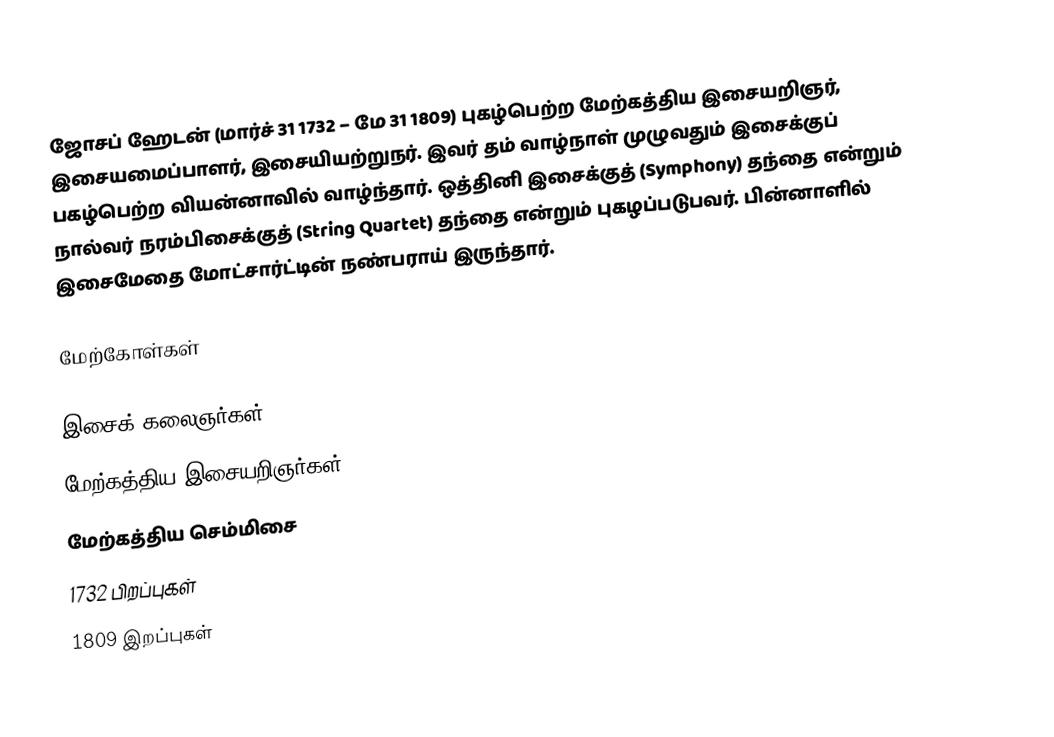
ஜோசப் ஹேடன் (மார்ச் 31 1732 – மே 31 1809) புகழ்பெற்ற மேற்கத்திய இசையறிஞர், இசையமைப்பாளர், இசையியற்றுநர். இவர் தம் வாழ்நாள் முழுவதும் இசைக்குப் பகழ்பெற்ற வியன்னாவில் வாழ்ந்தார். ஒத்தினி இசைக்குத் (Symphony) தந்தை என்றும் நால்வர் நரம்பிசைக்குத் (String Quartet) தந்தை என்றும் புகழப்படுபவர். பின்னாளில் இசைமேதை மோட்சார்ட்டின் நண்பராய் இருந்தார்.

மேற்கோள்கள்

இசைக் கலைஞர்கள்
மேற்கத்திய இசையறிஞர்கள்
மேற்கத்திய செம்மிசை
1732 பிறப்புகள்
1809 இறப்புகள்